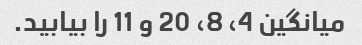
میانگین 4، 8، 20 و 11 را بیابید.